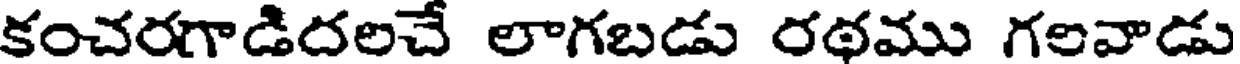
కంచరగాడిదలచే లాగబడు రథము గలవాడు